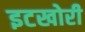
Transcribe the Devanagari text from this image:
इटखोरी